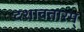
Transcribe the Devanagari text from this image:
दशावतारम्‌